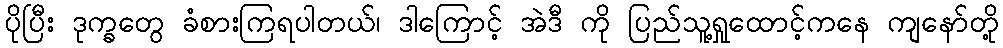
ပိုပြီး ဒုက္ခတွေ ခံစားကြရပါတယ်၊ ဒါကြောင့် အဲဒီ ကို ပြည်သူ့ရှုထောင့်ကနေ ကျနော်တို့